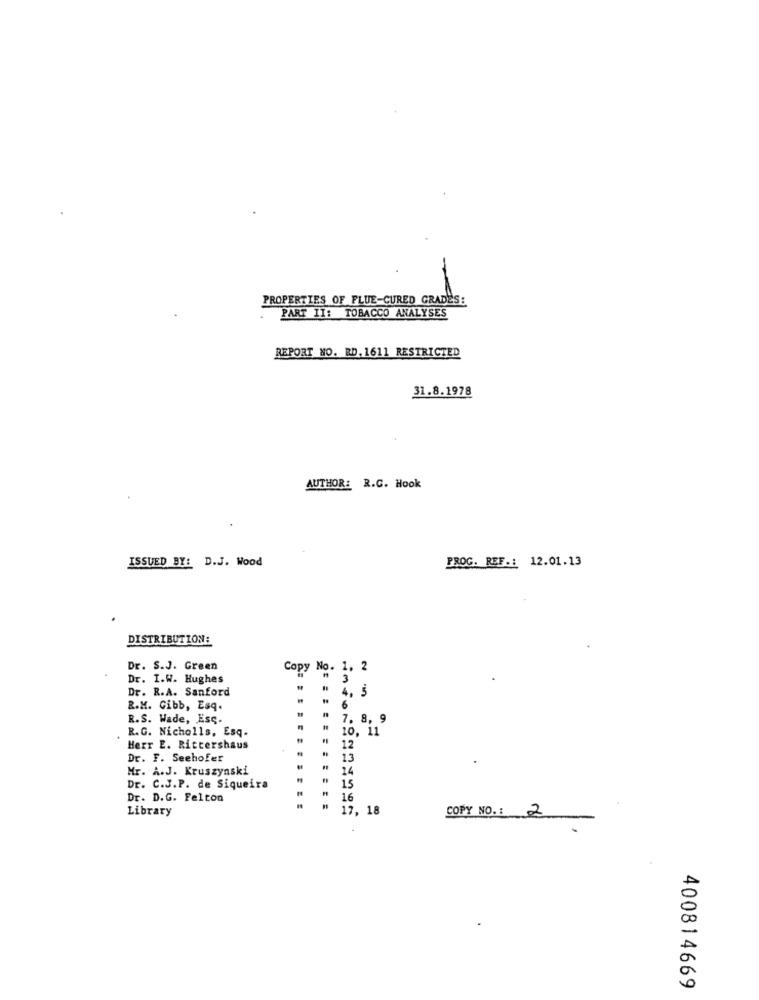
PROPERTIES OF FLUE-CURED GRADES:
PART II: TOBACCO ANALYSES
REPORT NO. RD. 1611 RESTRICTED
31.8.1978
AUTHOR: R.C. Hook
ISSUED BY: D.J. Wood
PROC. REF .: 12.01.13
DISTRIBUTION:
Dr. S.J. Green
Copy No. 1. 2
Dr. I.W. Hughes
13
Dr. R.A. Sanford
4, 5
R.M. Gibb, Esq.
6
R.S. Wade, Esc.
7. 8, 9
R.G. Nicholls, Esq.
10, 11
Herr E. Riccershaus
12
Dr. F. Seehofer
13
Mr. A.J. Kruszynski
14
Dr. C.J.P. de Siqueira
" 15
Dr. D.G. Felton
16
Library
17, 18
COPY NO .: 2
400814669